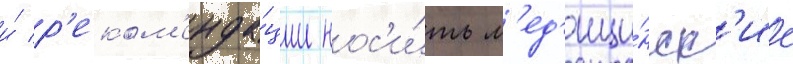
и́ р'еком'енда́ции нос'и́ть м'ед'ици́нск'ие